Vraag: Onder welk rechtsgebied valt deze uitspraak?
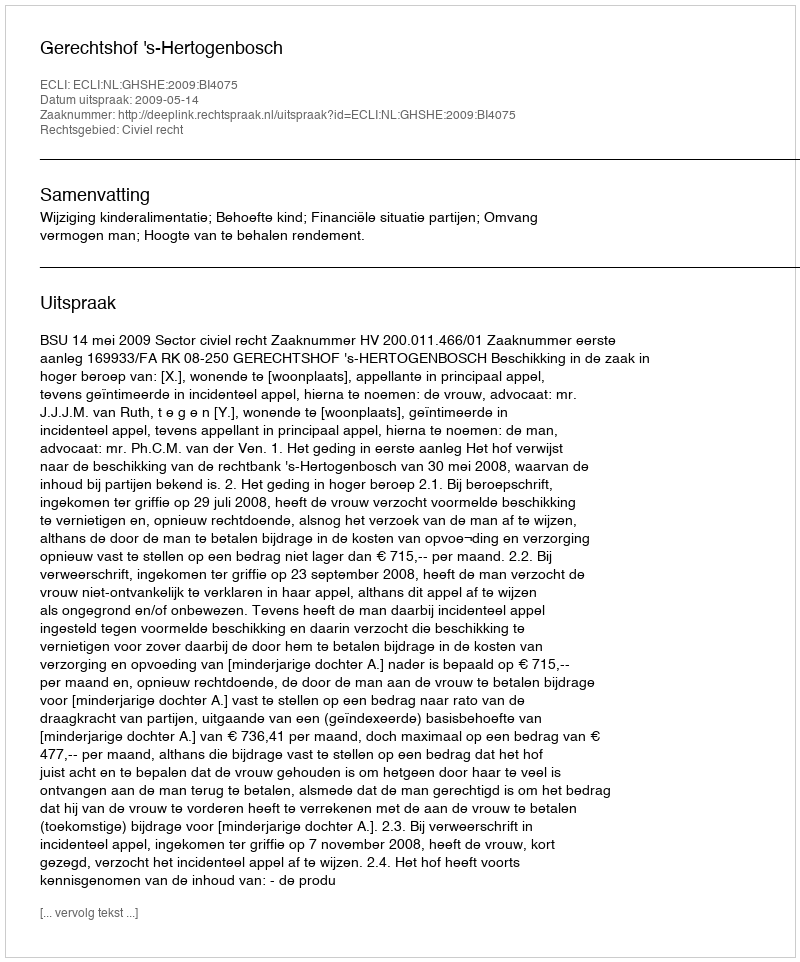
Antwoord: Civiel recht